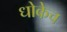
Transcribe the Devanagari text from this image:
धोकेच